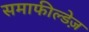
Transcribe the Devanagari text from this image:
समाफील्डेज़